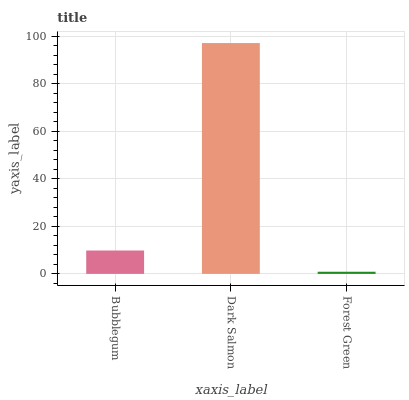
| xaxis_label | bars |
 | --- | --- |
 | Bubblegum | 9.84 |
 | Dark Salmon | 97.1 |
 | Forest Green | 0.904 |